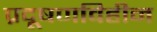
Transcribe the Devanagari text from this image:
प्रदूषणविहीन